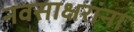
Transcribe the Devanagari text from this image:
नवसाक्षरांना